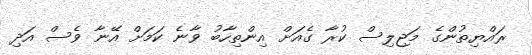
ރައްޔިތުންގެ މަޖިލިސް ކުރާ ގެއަށް އިންތިހާބު ވާނެ ކަމަށް އޭނާ ވެސް އަދި